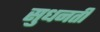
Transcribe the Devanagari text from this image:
सुधनती